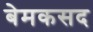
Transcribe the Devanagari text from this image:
बेमकसद